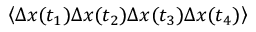
\left\langle \Delta \boldsymbol { x } ( t _ { 1 } ) \Delta \boldsymbol { x } ( t _ { 2 } ) \Delta \boldsymbol { x } ( t _ { 3 } ) \Delta \boldsymbol { x } ( t _ { 4 } ) \right\rangle